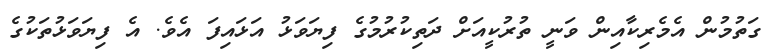
ގަތުމުން އެމެރިކާއިން ވަނީ ތުރުކީއަށް ދަތިކުރުމުގެ ފިޔަވަޅު އަޅައިފަ އެވެ. އެ ފިޔަވަޅުތަކުގެ